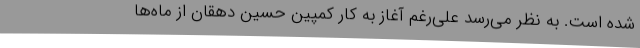
شده است. به نظر می‌رسد علی‌رغم آغاز به کار کمپین حسین دهقان از ماه‌ها